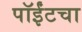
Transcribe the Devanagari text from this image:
पॉईंटचा